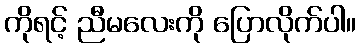
ကိုရင့် ညီမလေးကို ပြောလိုက်ပါ။